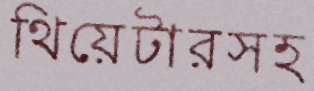
থিয়েটারসহ